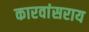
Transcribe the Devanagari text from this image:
कारवांसराय